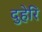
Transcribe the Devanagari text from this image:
दुहेरि